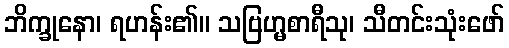
ဘိက္ခုနော၊ ရဟန်း၏။ သဗြဟ္မစာရီသု၊ သီတင်းသုံးဖော်